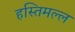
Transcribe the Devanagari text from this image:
हस्तिमल्ल